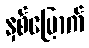
နှစ်မြောက်